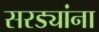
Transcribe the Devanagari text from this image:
सरड्यांना